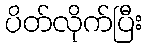
ပိတ်လိုက်ပြီး